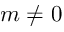
m \ne 0